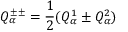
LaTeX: Q _ { \alpha } ^ { \pm \pm } = { \frac { 1 } { 2 } } ( Q _ { \alpha } ^ { 1 } \pm Q _ { \alpha } ^ { 2 } )